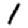
Digit: 1